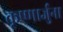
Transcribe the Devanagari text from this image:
कृष्णार्जुना